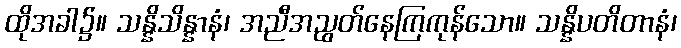
ထိုအခါ၌။ သန္နိသိန္နာနံ၊ အညီအညွတ်နေကြကုန်သော။ သန္နိပတိတာနံ၊